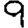
Digit: 9